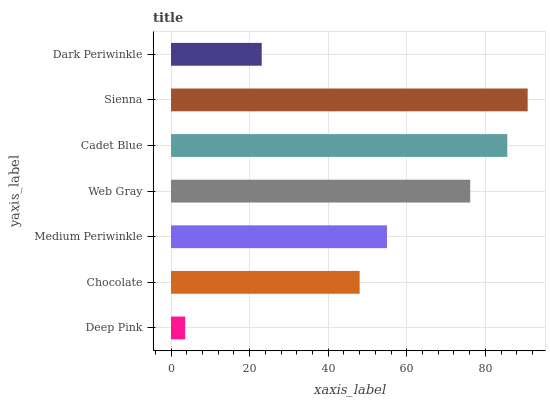
| yaxis_label | bars |
 | --- | --- |
 | Deep Pink | 3.6 |
 | Chocolate | 48 |
 | Medium Periwinkle | 55 |
 | Web Gray | 76.1 |
 | Cadet Blue | 85.6 |
 | Sienna | 90.8 |
 | Dark Periwinkle | 23.1 |